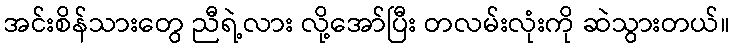
အင်းစိန်သားတွေ ညီရဲ့လား လို့အော်ပြီး တလမ်းလုံးကို ဆဲသွားတယ်။